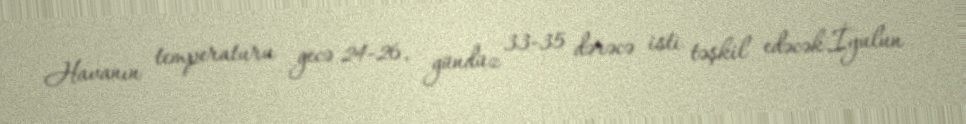
Havanın temperaturu gecə 24-26, gündüz 33-35 dərəcə isti təşkil edəcək.İyulun